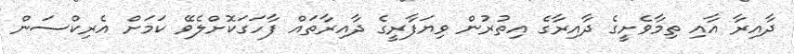
ދާއިރާ އާއި ތިމާވެށީގެ ދާއިރާގެ އިތުރުން ވިޔަފާރީގެ ދާއިރާތައް ފާހަގަކޮށްލެވޭ ކަމަށް އެރިކްސަން